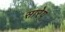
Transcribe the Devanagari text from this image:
सारेप